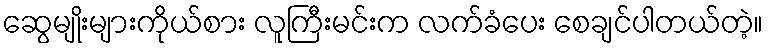
ဆွေမျိုးများကိုယ်စား လူကြီးမင်းက လက်ခံပေး စေချင်ပါတယ်တဲ့။